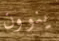
ينوون